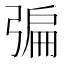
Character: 𢐃